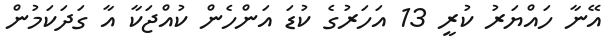
އޭނާ ހައްޔަރު ކުރީ 13 އަހަރުގެ ކުޑަ އަންހެން ކުއްޖަކާ އާ ގަދަކަމުން